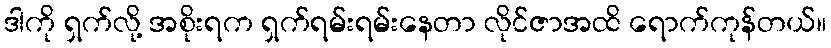
ဒါကို ရှက်လို့ အစိုးရက ရှက်ရမ်းရမ်းနေတာ လိုင်ဇာအထိ ရောက်ကုန်တယ်။